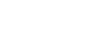
ဥတ္တိဏ္ဏော